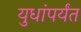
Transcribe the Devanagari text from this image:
युधांपर्यंत